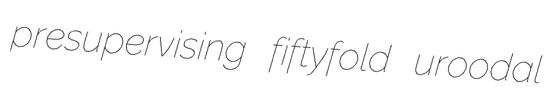
presupervising fiftyfold uroodal